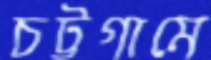
চট্টগামে